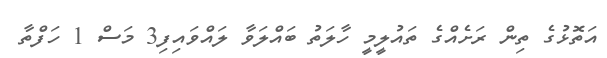
އަތޮޅުގެ ތިން ރަށެއްގެ ތައުލީމީ ހާލަތު ބައްލަވާ ލައްވައިފި3 މަސް 1 ހަފްތާ